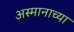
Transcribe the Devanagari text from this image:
अस्मानाच्या